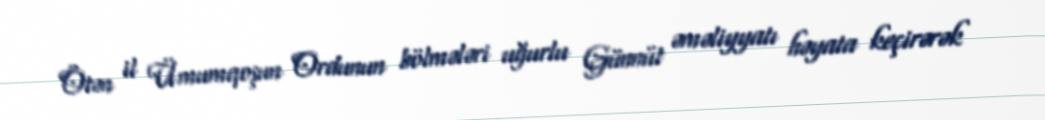
Ötən il Ümumqoşun Ordunun bölmələri uğurlu Günnüt əməliyyatı həyata keçirərək